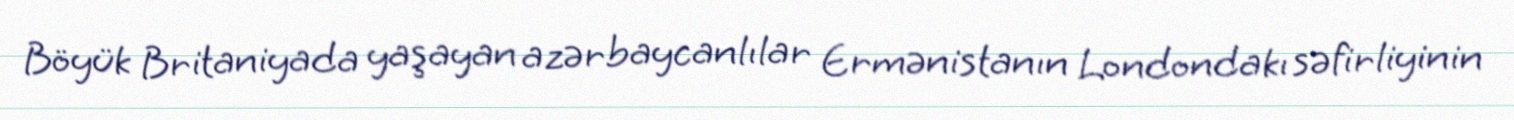
Böyük Britaniyada yaşayan azərbaycanlılar Ermənistanın Londondakı səfirliyinin